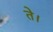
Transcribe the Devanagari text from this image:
ते।